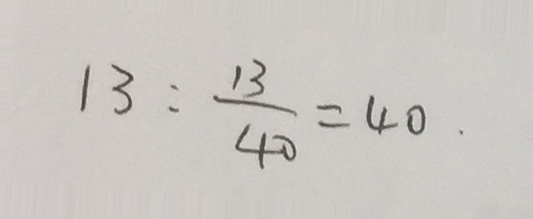
1 3 : \frac { 1 3 } { 4 0 } = 4 0 .